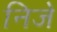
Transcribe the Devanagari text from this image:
निजे